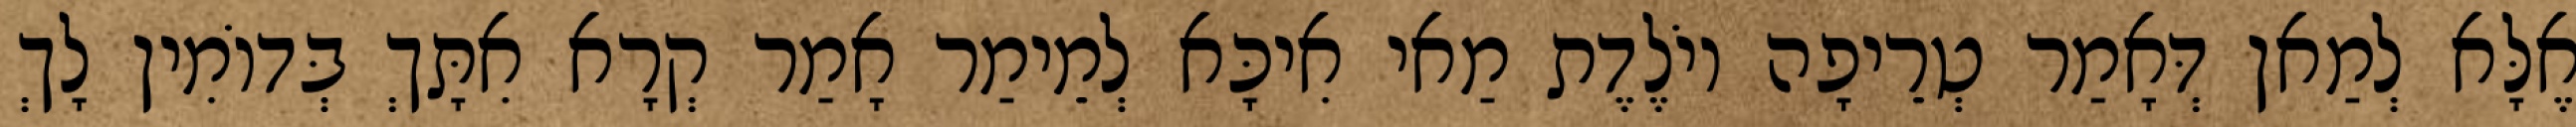
אֶלָּא לְמַאן דְּאָמַר טְרֵיפָה יוֹלֶדֶת מַאי אִיכָּא לְמֵימַר אָמַר קְרָא אִתָּךְ בְּדוֹמִין לָךְ